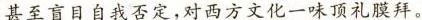
甚至盲目自我否定,对西方文化一味顶礼膜拜。